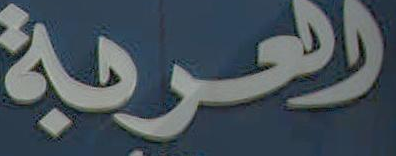
العربة